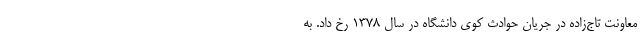
معاونت تاج‌زاده در جریان حوادث کوی دانشگاه در سال ۱۳۷۸ رخ داد. به